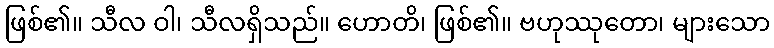
ဖြစ်၏။ သီလ ဝါ၊ သီလရှိသည်။ ဟောတိ၊ ဖြစ်၏။ ဗဟုဿုတော၊ များသော